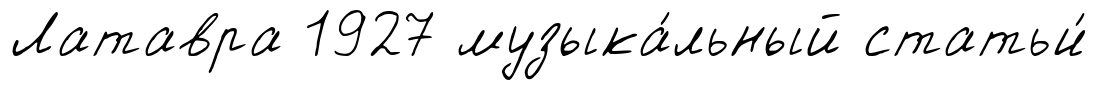
Латавра 1927 музыка́льный статьи́